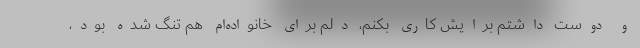
و دوست داشتم برایش کاری بکنم، دلم برای خانواده‌ام هم تنگ شده بود،